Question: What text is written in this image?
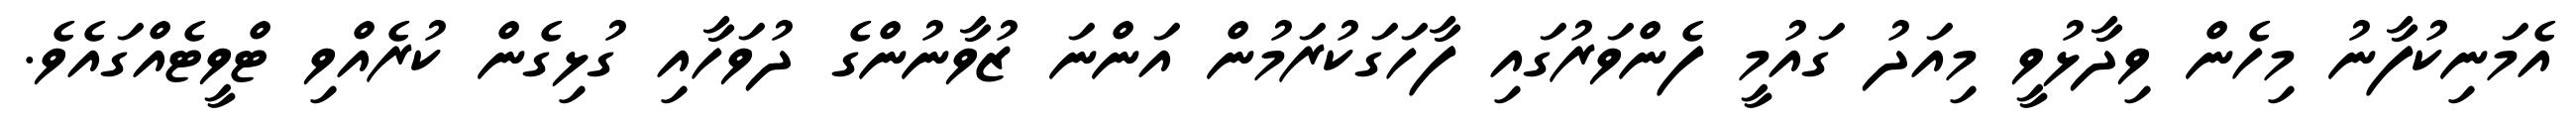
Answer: އެމަނިކުފާނު މިހެން ވިދާޅުވީ މިއަދު ގައުމީ ފެންވަރުގައި ފާހަގަކުރަމުން އަންނަ ޒުވާނުންގެ ދުވަހާއި ގުޅިގެން ކުރެއްވި ޓްވީޓެއްގައެވެ.